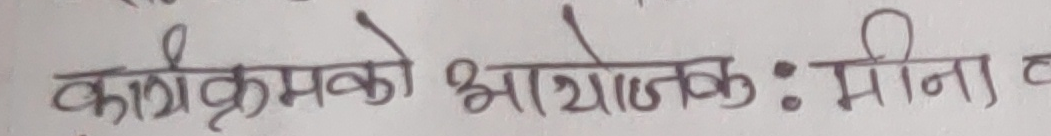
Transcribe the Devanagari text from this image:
कार्यक्रमको आयोजक : मीना ह